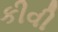
કીવી